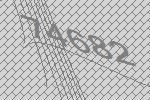
74682